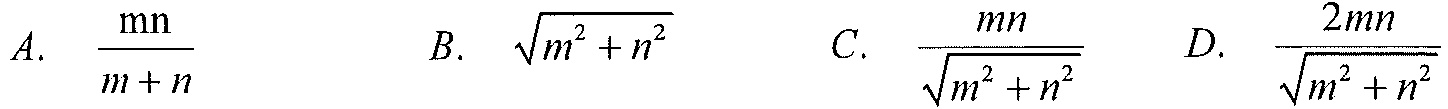
A. \(\frac{\text{mn}}{m + n}\)  B. \(\sqrt{m^{2}+n^{2}}\)  C. \(\frac{mn}{\sqrt{m^{2}+n^{2}}}\)  D. \(\frac{2mn}{\sqrt{m^{2}+n^{2}}}\)